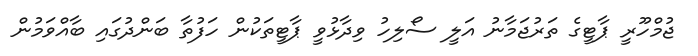
ޖުމްހޫރީ ޕާޓީގެ ތަރުޖަމާނު އަލީ ސޯލިހު ވިދާޅުވީ ޕާޓީތަކުން ހަފުތާ ބަންދުގައި ބާއްވަމުން